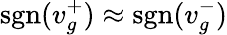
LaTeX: \textrm{sgn}(v_{g}^{+})\approx\textrm{sgn}(v_{g}^{-})